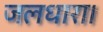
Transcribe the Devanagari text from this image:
जलधारा।